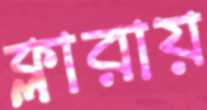
ক্লারায়